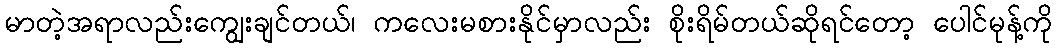
မာတဲ့အရာလည်းကျွေးချင်တယ်၊ ကလေးမစားနိုင်မှာလည်း စိုးရိမ်တယ်ဆိုရင်တော့ ပေါင်မုန့်ကို